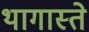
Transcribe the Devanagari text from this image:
थागास्ते